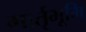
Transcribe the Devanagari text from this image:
मार्तृभूमि